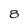
Character: 8